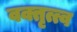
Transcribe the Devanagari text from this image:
वक्तृत्त्व